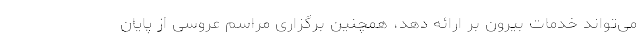
می‌تواند خدمات بیرون بر ارائه دهد، همچنین برگزاری مراسم عروسی از پایان